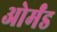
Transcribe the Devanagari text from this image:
ओर्मंड